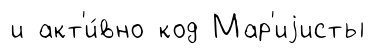
и акт'и́вно код Мар'иjисты